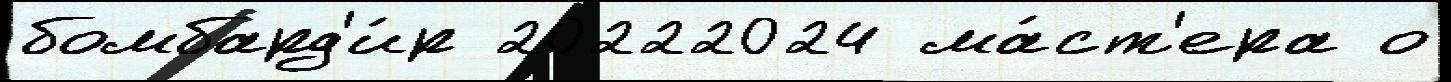
бомбард'и́р 20222024 ма́ст'ера о